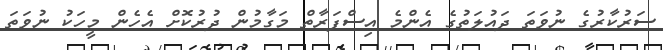
ސަރުކާރުގެ ނުވަތަ ދައުލަތުގެ އެންމެ އިސްފަރާތް މަގާމުން ދުރުކޮށް އެހެން މީހަކު ނުވަތަ